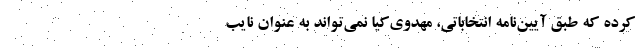
کرده که طبق آیین‌نامه انتخاباتی، مهدوی‌کیا نمی‌تواند به عنوان نایب